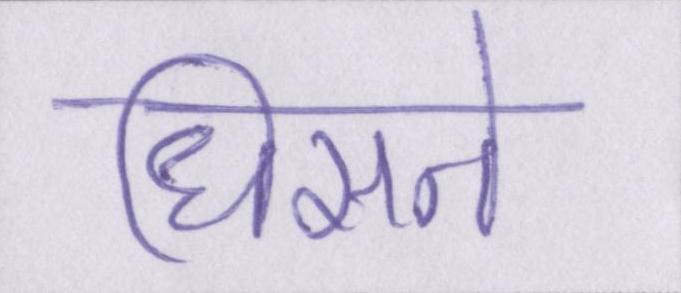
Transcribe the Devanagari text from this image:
धिसने